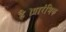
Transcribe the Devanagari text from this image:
है।प्रारंभिक